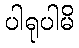
ပါရုပါမိ